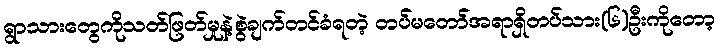
ရွာသားတွေကိုသတ်ဖြတ်မှုနဲ့စွဲချက်တင်ခံရတဲ့ တပ်မတော်အရာရှိတပ်သား(၆)ဦးကိုတော့